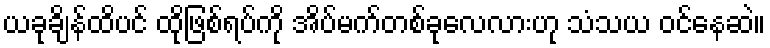
ယခုချိန်ထိပင် ထိုဖြစ်ရပ်ကို အိပ်မက်တစ်ခုလေလားဟု သံသယ ဝင်နေဆဲ။